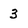
Character: 3